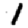
Digit: 1